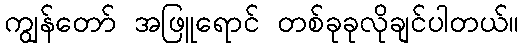
ကျွန်တော် အဖြူရောင် တစ်ခုခုလိုချင်ပါတယ်။